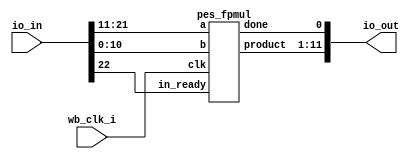
// SPDX-FileCopyrightText: 2020 Efabless Corporation
//
// Licensed under the Apache License, Version 2.0 (the "License");
// you may not use this file except in compliance with the License.
// You may obtain a copy of the License at
//
//      http://www.apache.org/licenses/LICENSE-2.0
//
// Unless required by applicable law or agreed to in writing, software
// distributed under the License is distributed on an "AS IS" BASIS,
// WITHOUT WARRANTIES OR CONDITIONS OF ANY KIND, either express or implied.
// See the License for the specific language governing permissions and
// limitations under the License.
// SPDX-License-Identifier: Apache-2.0

`default_nettype none
/*
 *-------------------------------------------------------------
 *
 * user_proj_example
 *
 * This is an example of a (trivially simple) user project,
 * showing how the user project can connect to the logic
 * analyzer, the wishbone bus, and the I/O pads.
 *
 * This project generates an integer count, which is output
 * on the user area GPIO pads (digital output only).  The
 * wishbone connection allows the project to be controlled
 * (start and stop) from the management SoC program.
 *
 * See the testbenches in directory "mprj_counter" for the
 * example programs that drive this user project.  The three
 * testbenches are "io_ports", "la_test1", and "la_test2".
 *
 *-------------------------------------------------------------
 */

module user_proj_example (
`ifdef USE_POWER_PINS
    inout vccd1,	// User area 1 1.8V supply
    inout vssd1,	// User area 1 digital ground
`endif

    // Wishbone Slave ports (WB MI A)
    input wb_clk_i,
    //input wb_rst_i,
 //   input wbs_stb_i,
   // input wbs_cyc_i,
   // input wbs_we_i,
//    input [3:0] wbs_sel_i,
 //   input [31:0] wbs_dat_i,
//    input [31:0] wbs_adr_i,
  //  output wbs_ack_o,
 //   output [31:0] wbs_dat_o,

    // Logic Analyzer Signals
//    input  [127:0] la_data_in,
 //   output [127:0] la_data_out,
 //   input  [127:0] la_oenb,

    // IOs
    input  [22:0] io_in,
    output [11:0] io_out
 //   output [BITS-1:0] io_oeb,

    // IRQ
   // output [2:0] irq
);
    

wire [10:0]product;
wire done;

pes_fpmul u1(.clk(wb_clk_i),.in_ready(io_in[22]),.a(io_in[21:11]),.b(io_in[10:0]),.product(io_out[11:1]),.done(io_out[0]));
assign io_out={product,done};
endmodule
module pes_fpmul(
input clk,in_ready,
input [10:0] a,b,
output  reg [10:0]product,
output reg done
);

reg sign_a,sign_b,sign_p;
reg [5:0] exp_a,exp_b,exp_p;
reg [3:0] man_a,man_b,man_p;
reg [5:0] temp_expa,temp_expb,temp_expp;
reg [4:0] temp_mana,temp_manb;
reg [9:0]temp_manp;

always@(posedge clk) begin
if(a==0||b==0)begin
product=0;
done=1'b1;
end
else begin
if(in_ready)begin
{sign_a,exp_a,man_a}<=a;
{sign_b,exp_b,man_b}<=b;
temp_mana<={1'b1,man_a};
temp_manb<={1'b1,man_b};
temp_expa<=exp_a-6'd31;
temp_expb<=exp_b-6'd31;

sign_p<=sign_a^sign_b;
temp_expp <= temp_expa+temp_expb;
temp_manp <= temp_mana*temp_manb;
if(temp_manp[9]) begin
man_p<=temp_manp[8:5];
exp_p<=temp_expp+6'd32;
product<={sign_p,exp_p,man_p};
done<=1'b1;
end
else if(temp_manp[9]==0)begin
man_p<=temp_manp[7:4];
exp_p<=temp_expp+6'd31;
product<={sign_p,exp_p,man_p};
done<=1'b1;
end
end
end
end
endmodule
`default_nettype wire